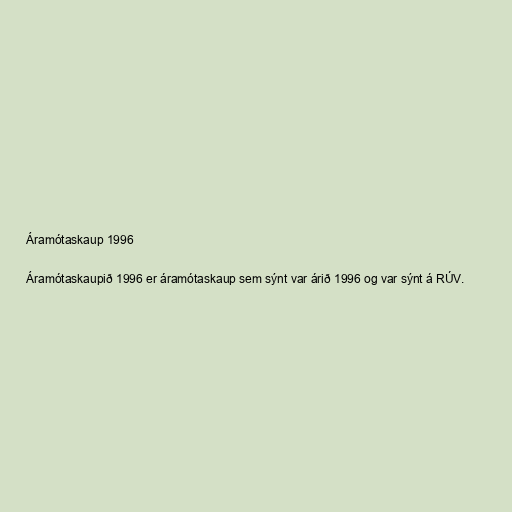
Áramótaskaup 1996

Áramótaskaupið 1996 er áramótaskaup sem sýnt var árið 1996 og var sýnt á RÚV.